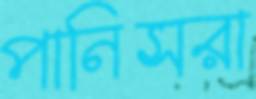
পানিসরা